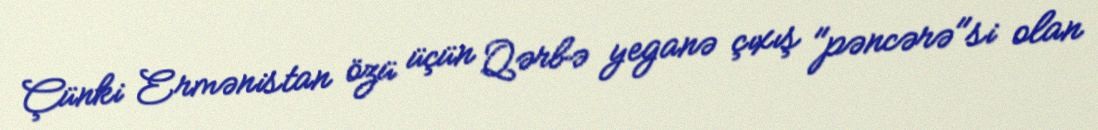
Çünki Ermənistan özü üçün Qərbə yeganə çıxış "pəncərə"si olan